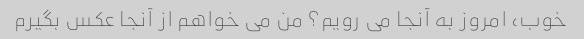
خوب، امروز به آنجا می رویم؟ من می خواهم از آنجا عکس بگیرم